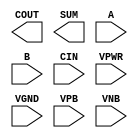
module sky130_fd_sc_ms__fa (
    COUT,
    SUM ,
    A   ,
    B   ,
    CIN ,
    VPWR,
    VGND,
    VPB ,
    VNB
);

    output COUT;
    output SUM ;
    input  A   ;
    input  B   ;
    input  CIN ;
    input  VPWR;
    input  VGND;
    input  VPB ;
    input  VNB ;
endmodule